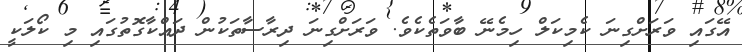
އޭގައި ވަރަށްގިނަ ކެމިކަލް ހިމެނޭ ބާވަތެކެވެ. ވަރަށްގިނަ ދިރާސާތަކުން ދައްކާގޮތުގައި މި ކޯލަކީ